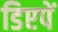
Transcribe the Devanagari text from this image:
डिएपें